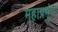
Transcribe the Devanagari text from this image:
महाप्रभूंचा